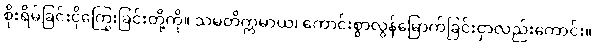
စိုးရိမ်ခြင်းငိုကြွေးခြင်းတို့ကို။ သမတိက္ကမာယ၊ ကောင်းစွာလွန်မြောက်ခြင်းငှာလည်းကောင်း။